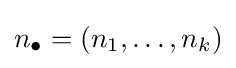
n_{\bullet }=\left(n_{1},\ldots ,n_{k}\right)